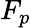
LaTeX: F_{p}